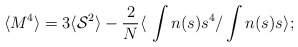
\begin{align*}\langle M^4 \rangle = 3 \langle {\cal{S}}^2 \rangle -{\frac{2}{N}} \langle \ \int n(s)s^4/ \int n(s)s \rangle;\end{align*}